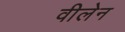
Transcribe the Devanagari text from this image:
वीलेन